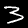
Digit: 3